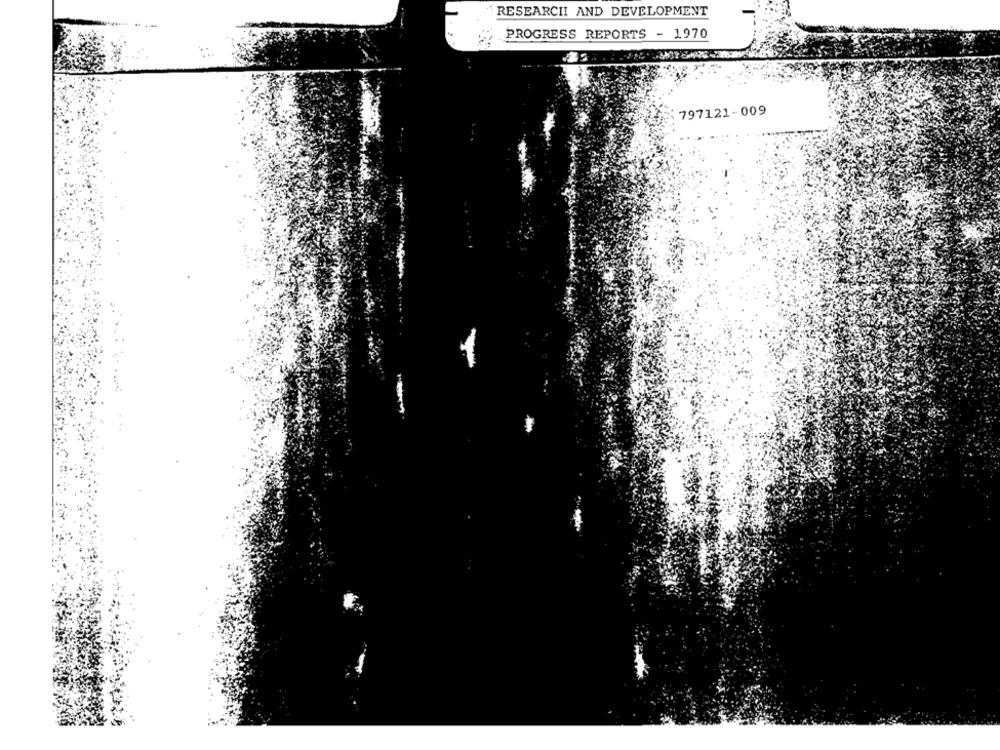
RESEARCH AND DEVELOPMENT
PROGRESS REPORTS - 1970
797121-009